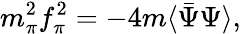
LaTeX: m_{\pi}^{2}f_{\pi}^{2}=-4m\langle\bar{\Psi}\Psi\rangle,